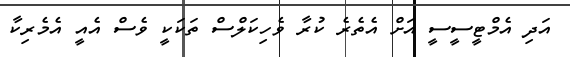
އަދި އެމްޓީސީސީ އަށް އެތެރެ ކުރާ ވެހިކަލްސް ތަކަކީ ވެސް އެއީ އެމެރިކާ